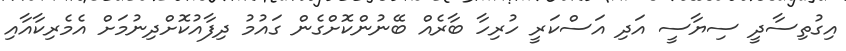
އިގުތިސާދީ ސިޔާސީ އަދި އަސްކަރީ ހުރިހާ ބާރެއް ބޭނުންކޮށްގެން ގައުމު ދިފާއުކޮށްދިނުމަށް އެމެރިކާއާއި